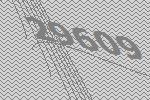
29609